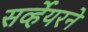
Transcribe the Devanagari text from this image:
सर्व्हेयरने